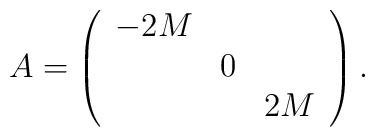
A = \left(\begin{array}{ccc}-2M & & \\ & 0 & \\ & & 2M\end{array}\right).